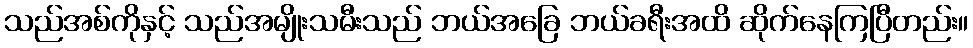
သည်အစ်ကိုနှင့် သည်အမျိုးသမီးသည် ဘယ်အခြေ ဘယ်ခရီးအထိ ဆိုက်နေကြပြီတည်း။